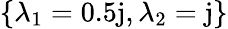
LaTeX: \left\{ \lambda_{1}=0.5\mathrm{j},\lambda_{2}=\mathrm{j}\right\}